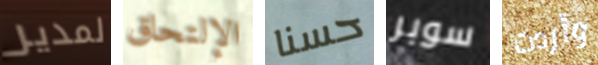
لمدير الإلتحاق حسنا سوبر وأردت